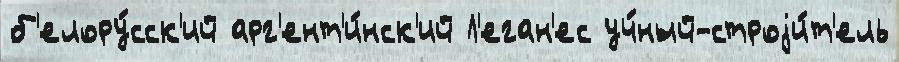
б'елору́сск'ий арг'ент'и́нск'ий Л'еган'ес уч́ный-строjи́т'ель